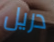
دريل